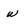
Character: w